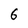
Character: 6